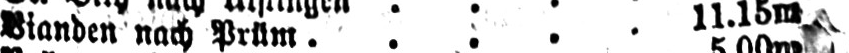
Vianden nach Prüm ..... 11.15m